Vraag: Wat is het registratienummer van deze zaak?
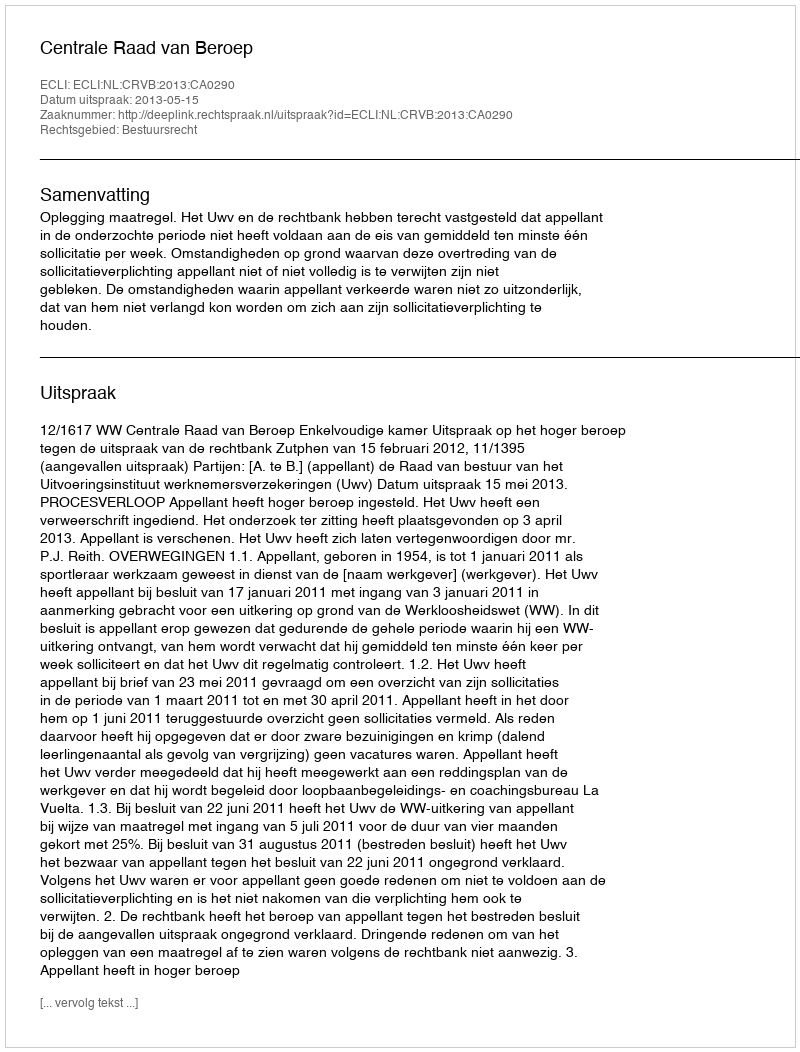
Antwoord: http://deeplink.rechtspraak.nl/uitspraak?id=ECLI:NL:CRVB:2013:CA0290